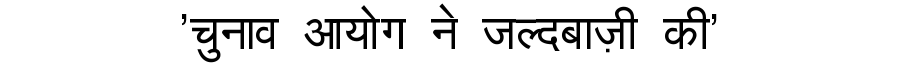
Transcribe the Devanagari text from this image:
'चुनाव आयोग ने जल्दबाज़ी की'